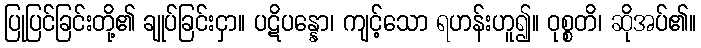
ပြုပြင်ခြင်းတို့၏ ချုပ်ခြင်းငှာ။ ပဋိပန္နော၊ ကျင့်သော ရဟန်းဟူ၍။ ဝုစ္စတိ၊ ဆိုအပ်၏။